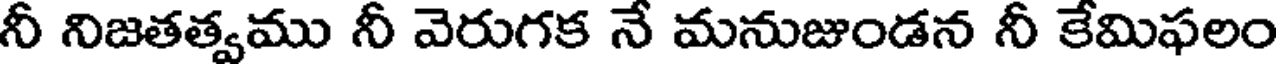
నీ నిజతత్వము నీ వెరుగక నే మనుజుండన నీ కేమిఫలం